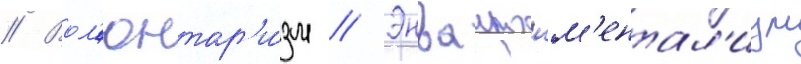
// Вол'юнтар'и́зм // Энваиронм'ентал'изм